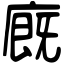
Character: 廐